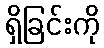
ရှိခြင်းကို